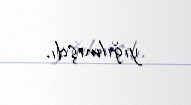
yığılmışdı.